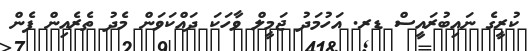
ކުރީގެ ނައިބުރައީސް ޑރ. އަހުމަދު ޖަމީލް ވާހަކަ ދައްކަވަން މެދު ތެރެއިން ފެން